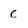
Character: C